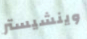
وينشيستر